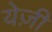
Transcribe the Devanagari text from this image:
येज़ी